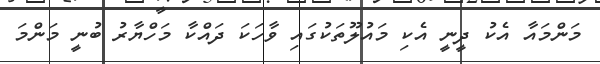
މަންމައާ އެކު ދީނީ އެކި މައުލޫތަކުގައި ވާހަކަ ދައްކާ މަހްޔާރު ބުނީ މަންމަ